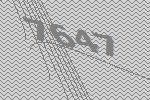
7647